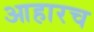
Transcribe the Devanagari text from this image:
आहारच